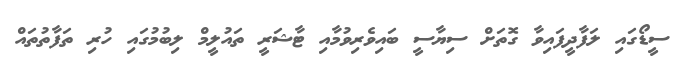
ސީޑޯގައި ލަފާދީފައިވާ ގޮތަށް ސިޔާސީ ބައިވެރިވުމާއި ޓާޝަރީ ތައުލީމް ލިބުމުގައި ހުރި ތަފާތުތައް